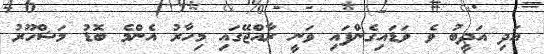
އަދި އަދީބު ވެ ވަޑައިގެންފައި ވަނީ ރާއްޖޭގައި މިހާރު އެންމެ ބޮޑު މަޝްހޫރު